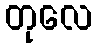
တုလေ